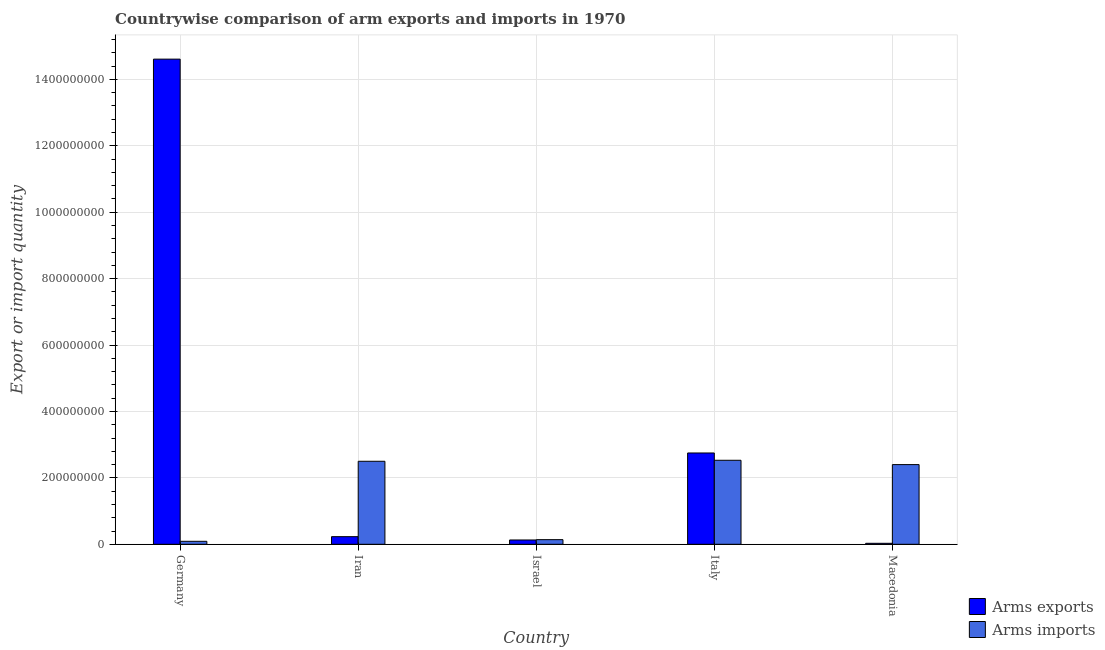
| Country | Arms exports | Arms imports |
 | --- | --- | --- |
 | Germany | 1.46e+09 | 9e+06 |
 | Iran | 2.3e+07 | 2.5e+08 |
 | Israel | 1.3e+07 | 1.4e+07 |
 | Italy | 2.75e+08 | 2.53e+08 |
 | Macedonia | 3e+06 | 2.4e+08 |